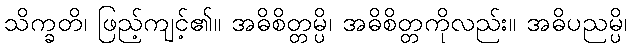
သိက္ခတိ၊ ဖြည့်ကျင့်၏။ အဓိစိတ္တမ္ပိ၊ အဓိစိတ္တကိုလည်း။ အဓိပညမ္ပိ၊